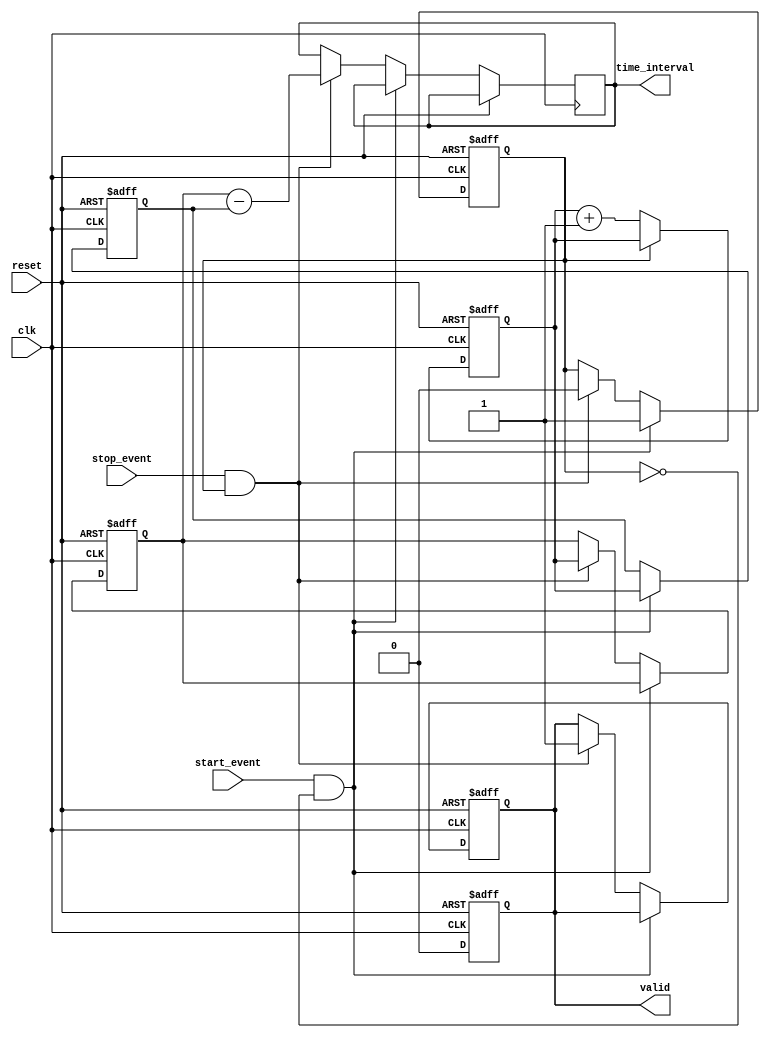
module TDC (
    input wire clk,            // High-frequency clock
    input wire reset,          // Reset signal
    input wire start_event,    // Start event input
    input wire stop_event,     // Stop event input
    output reg [31:0] time_interval, // Output time interval
    output reg valid           // Indicates valid output
);

    reg [31:0] counter;       // Counter to keep track of clock cycles
    reg [31:0] start_time;    // Variable to store start time
    reg [31:0] stop_time;     // Variable to store stop time
    reg capturing;            // Flag to indicate capturing state

    // Counter logic
    always @(posedge clk or posedge reset) begin
        if (reset) begin
            counter <= 32'b0;
        end else begin
            if (!capturing) begin
                counter <= counter + 1; // Increment counter on clock edge
            end
        end
    end

    // Event detection and timestamp storage
    always @(posedge clk or posedge reset) begin
        if (reset) begin
            start_time <= 32'b0;
            stop_time <= 32'b0;
            valid <= 1'b0;
            capturing <= 1'b0;
        end else begin
            if (start_event && !capturing) begin
                start_time <= counter; // Capture start time
                capturing <= 1'b1;      // Set capturing flag
            end else if (stop_event && capturing) begin
                stop_time <= counter; // Capture stop time
                time_interval <= stop_time - start_time; // Calculate time interval
                valid <= 1'b1;        // Set valid output
                capturing <= 1'b0;    // Reset capturing flag
            end
        end
    end

    // Reset valid signal after reading
    always @(posedge clk or posedge reset) begin
        if (reset) begin
            valid <= 1'b0;
        end else if (valid) begin
            valid <= 1'b0; // Clear valid signal after output is read
        end
    end

endmodule